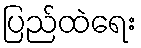
ပြည်ထဲရေး